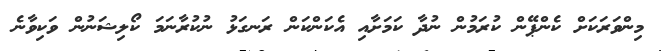
މިންވަރަކަށް ކެންޕޭން ކުރަމުން ނުދާ ކަމަށާއި އެކަންކަން ރަނގަޅު ނުކުރާނަމަ ކޯލިޝަނުން ވަކިވާނެ